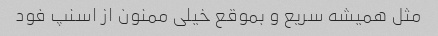
مثل همیشه سریع و بموقع خیلی ممنون از اسنپ فود